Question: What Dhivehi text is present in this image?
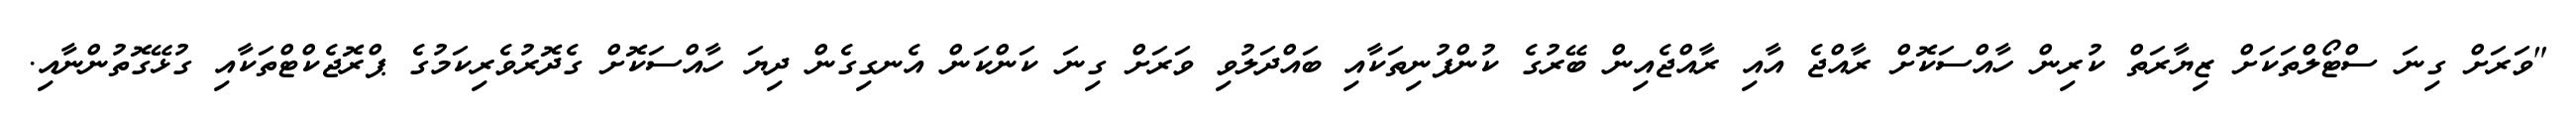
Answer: "ވަރަށް ގިނަ ސްޓޯލްތަކަށް ޒިޔާރަތް ކުރިން ހާއްސަކޮށް ރާއްޖެ އާއި ރާއްޖެއިން ބޭރުގެ ކުންފުނިތަކާއި ބައްދަލުވި ވަރަށް ގިނަ ކަންކަން އެނގިގެން ދިޔަ ހާއްސަކޮށް ގެދޮރުވެރިކަމުގެ ޕްރޮޖެކްޓްތަކާއި ގުޅޭގޮތުންނާއި.